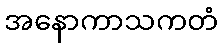
အနောကာသကတံ